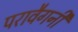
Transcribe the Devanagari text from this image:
परावैगनी